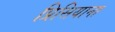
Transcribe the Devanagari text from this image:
प्रिसियाना